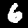
Digit: 6